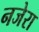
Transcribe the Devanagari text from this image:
नजेरा